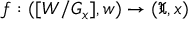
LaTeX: f : ( [ W / G _ { x } ] , w ) \to ( { \mathfrak { X } } , x )